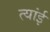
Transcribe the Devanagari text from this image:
त्यांई